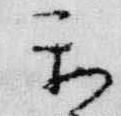
楽